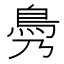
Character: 𩾖